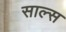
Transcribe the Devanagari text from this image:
साल्स